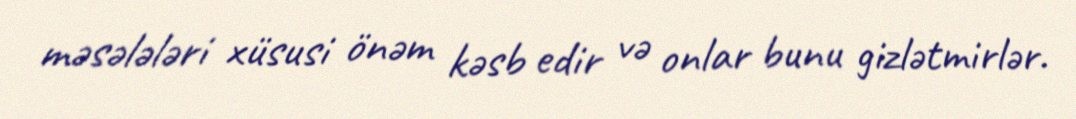
məsələləri xüsusi önəm kəsb edir və onlar bunu gizlətmirlər.